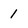
Character: 1